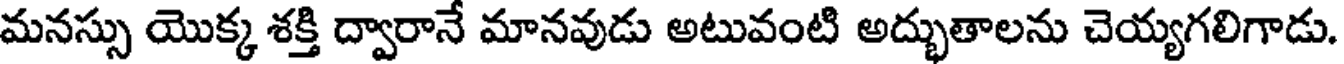
మనస్సు యొక్క శక్తి ద్వారానే మానవుడు అటువంటి అద్భుతాలను చెయ్యగలిగాడు.